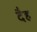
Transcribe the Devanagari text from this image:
दैह